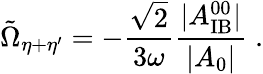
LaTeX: \tilde{\Omega}_{\eta+\eta^{\prime}}=-\frac{\sqrt{2}}{3\omega}\frac{|A_{\mathrm{IB}}^{00}|}{|A_{0}|}\; .